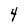
Character: 4